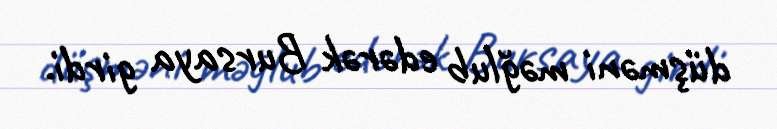
düşməni məğlub edərək Bursaya girdi.